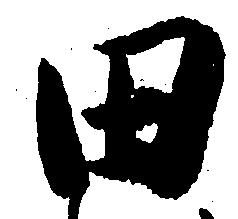
田